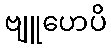
ဗျူဟေပိ